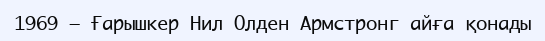
1969 — Ғарышкер Нил Олден Армстронг айға қонады